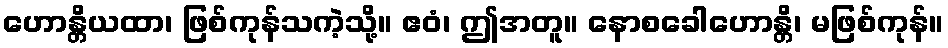
ဟောန္တိယထာ၊ ဖြစ်ကုန်သကဲ့သို့။ ဧဝံ၊ ဤအတူ။ နောစခေါဟောန္တိ၊ မဖြစ်ကုန်။